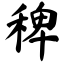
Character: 稗